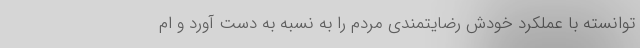
توانسته با عملکرد خودش رضایتمندی مردم را به نسبه به دست آورد و ام